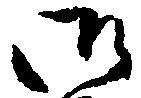
御